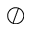
\oslash